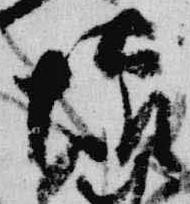
懐